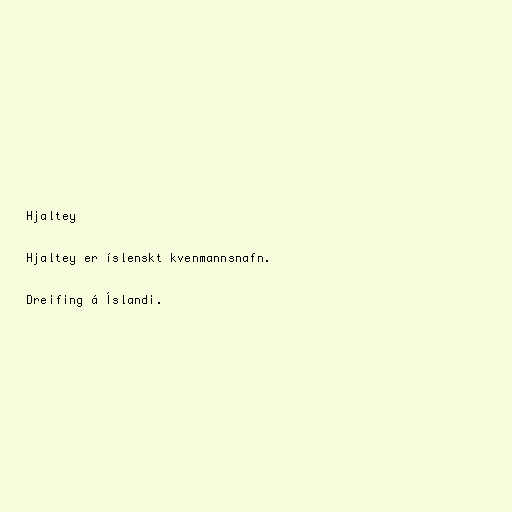
Hjaltey

Hjaltey er íslenskt kvenmannsnafn.

Dreifing á Íslandi.